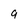
Character: 9